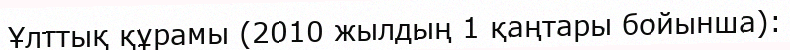
Ұлттық құрамы (2010 жылдың 1 қаңтары бойынша):